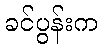
ခင်ပွန်းက